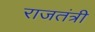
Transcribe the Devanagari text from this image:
राजतंत्री